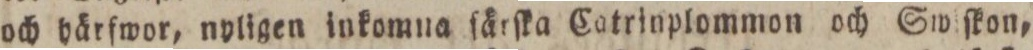
och härfwor, nyligen inkomna färſka Catrinplommon och Swiſkon,